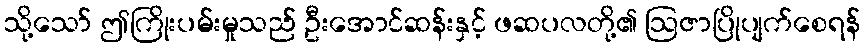
သို့သော် ဤကြိုးပမ်းမှုသည် ဦးအောင်ဆန်းနှင့် ဖဆပလတို့၏ ဩဇာပြိုပျက်စေရန်